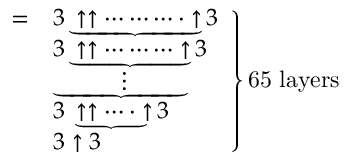
\left. { \begin{array} { l l } { = } & { 3 \underbrace { \uparrow \uparrow \cdots \cdots \cdots \cdot \uparrow } 3 } \\ & { 3 \underbrace { \uparrow \uparrow \cdots \cdots \cdots \uparrow } 3 } \\ & { \underbrace { \qquad \; \; \vdots \qquad \; \; } } \\ & { 3 \underbrace { \uparrow \uparrow \cdots \cdot \uparrow } 3 } \\ & { 3 \uparrow 3 } \end{array} } \right\} { \mathrm { 6 5 ~ l a y e r s } }